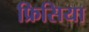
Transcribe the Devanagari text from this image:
फ्रिसिया